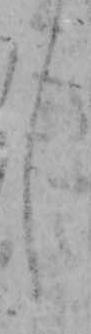
し